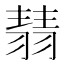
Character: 𦑓